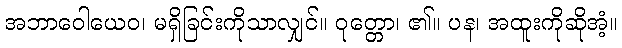
အဘာဝေါယေဝ၊ မရှိခြင်းကိုသာလျှင်။ ဝုတ္တော၊ ၏။ ပန၊ အထူးကိုဆိုအံ့။